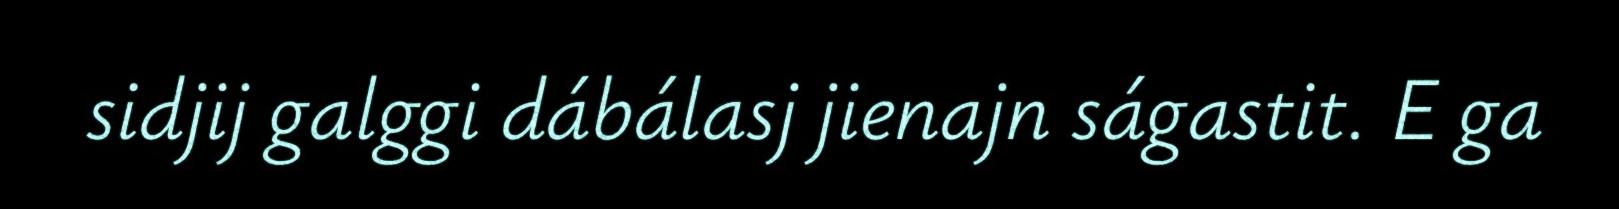
sidjij galggi dábálasj jienajn ságastit. E ga